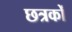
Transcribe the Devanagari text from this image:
छत्रकों